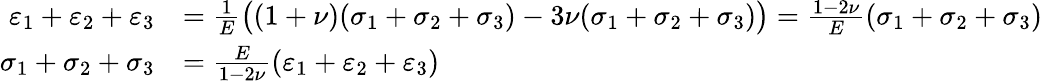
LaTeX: {\begin{array}{rl}{\varepsilon_{1}+\varepsilon_{2}+\varepsilon_{3}}&{={\frac{1}{E}}{\big(}(1+\nu)(\sigma_{1}+\sigma_{2}+\sigma_{3})-3\nu(\sigma_{1}+\sigma_{2}+\sigma_{3}){\big)}={\frac{1-2\nu}{E}}(\sigma_{1}+\sigma_{2}+\sigma_{3})}\\ {\sigma_{1}+\sigma_{2}+\sigma_{3}}&{={\frac{E}{1-2\nu}}(\varepsilon_{1}+\varepsilon_{2}+\varepsilon_{3})}\end{array}}